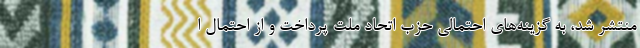
منتشر شد، به گزینه‌های احتمالی حزب اتحاد ملت پرداخت و از احتمال ا